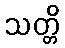
သတ္တိ